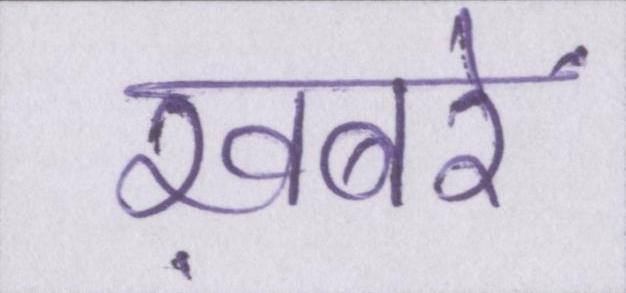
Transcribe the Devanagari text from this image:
ख़बरें